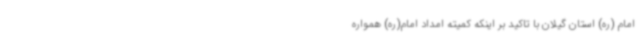
امام (ره) استان گیلان با تاکید بر اینکه کمیته امداد امام(ره) همواره